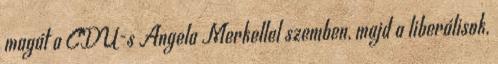
magát a CDU-s Angela Merkellel szemben, majd a liberálisok,